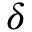
\delta